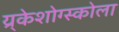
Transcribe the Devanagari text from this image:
य्र्केशोग्स्कोला